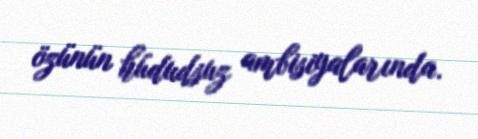
özünün hüdudsuz ambisiyalarında.